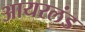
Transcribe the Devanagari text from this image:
आयरलंड